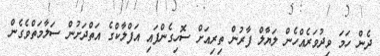
ދެން ހަމަ ވިދުވަރެއްހެން ލަޔާލް ފާރުން ތިރިއަށް ސޮހިގެންފައި އަފްލާކްގެ އަތްދަށުން ސަލާމަތްވެގެން